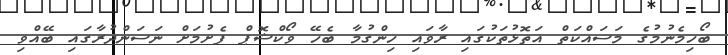
ބޯހިމެނުމުގެ މަސައްކަތް އަތޮޅުތަކުގައި ރާވައި ހިންގުމާ ބެހޭ ވޯކްޝޮޕް ފެށުމަށް ނަސަންދުރާގައި ބޭއްވި